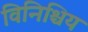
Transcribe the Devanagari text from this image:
विनिश्चिय